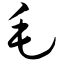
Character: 毛